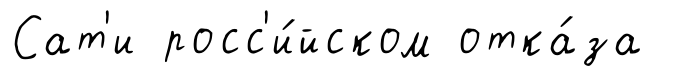
Сат'и росс'и́йском отка́за